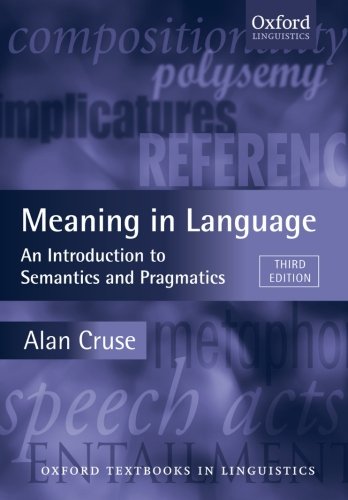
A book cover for Meaning in Language: An Introduction to Semantics and Pragmatics (Oxford Textbooks in Linguistics); Alan Cruse; Reference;